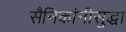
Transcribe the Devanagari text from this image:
सैनिकांनीसुद्धा